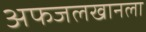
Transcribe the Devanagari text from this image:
अफजलखानला